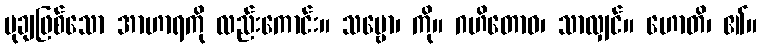
မုချဖြစ်သော အာဟာရကို လည်းကောင်း။ သဗ္ဗော၊ ကို။ ဂဟိတောဝ၊ သာလျှင်။ ဟောတိ၊ ၏။